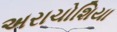
અરાચોશિયા